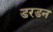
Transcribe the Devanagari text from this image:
डरडन